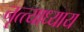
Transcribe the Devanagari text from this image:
नृत्त्याध्याय